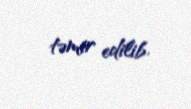
təmir edilib.